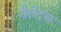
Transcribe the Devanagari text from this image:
थैलेट्स